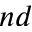
^ { n d }